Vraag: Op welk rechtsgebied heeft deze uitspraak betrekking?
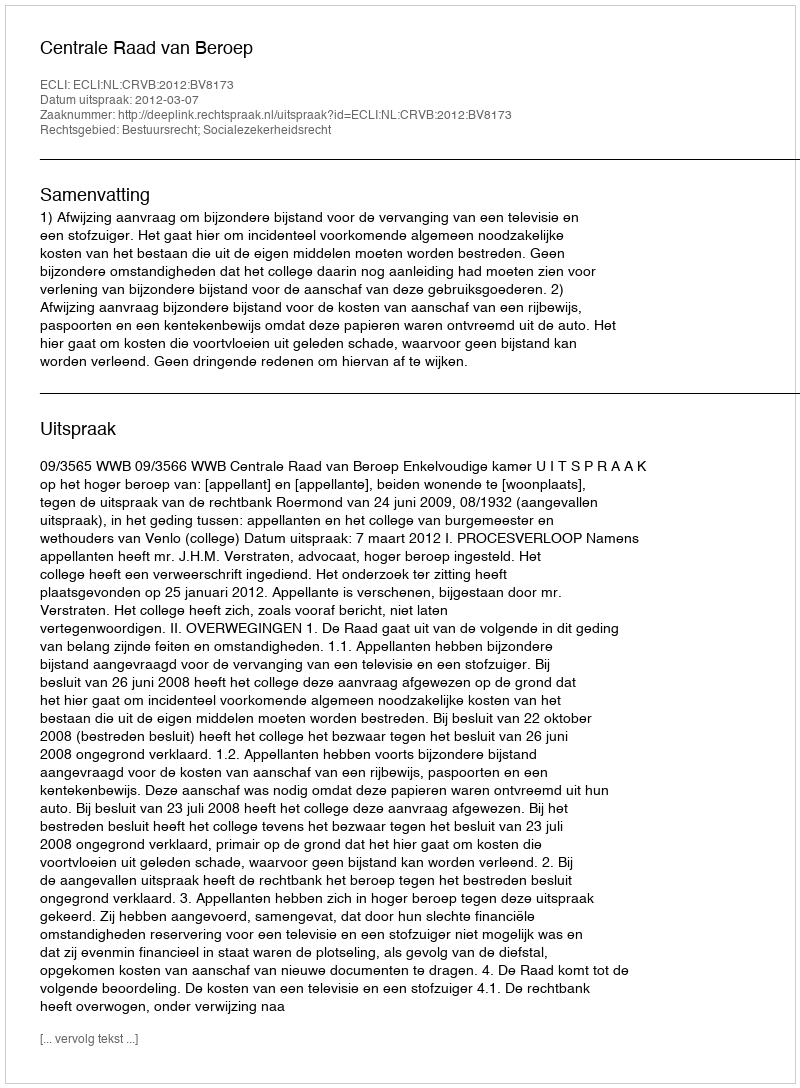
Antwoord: Bestuursrecht; Socialezekerheidsrecht